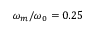
\omega _ { m } / \omega _ { 0 } = 0 . 2 5